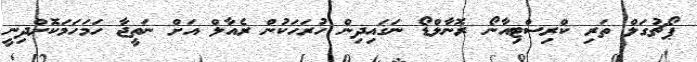
ޕޯޗުގަލް ތަރި ކްރިސްޓިއާނޯ ރޮނާލްޑޯ ނަގައިދިން ހުރަހަކުން ރެއާލް އަށް ނަތީޖާ ހަމަހަމަކޮށްދިނީ